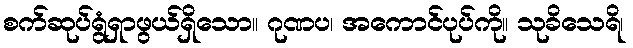
စက်ဆုပ်ရွံရှာဖွယ်ရှိသော။ ဂုဏပ၊ အကောင်ပုပ်ကို။ သုခိသေရိ၊